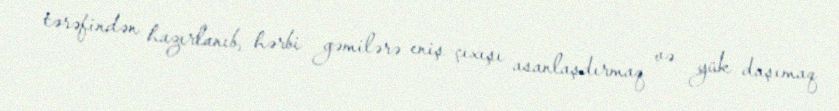
tərəfindən hazırlanıb, hərbi gəmilərə eniş-çıxışı asanlaşdırmaq və yük daşımaq